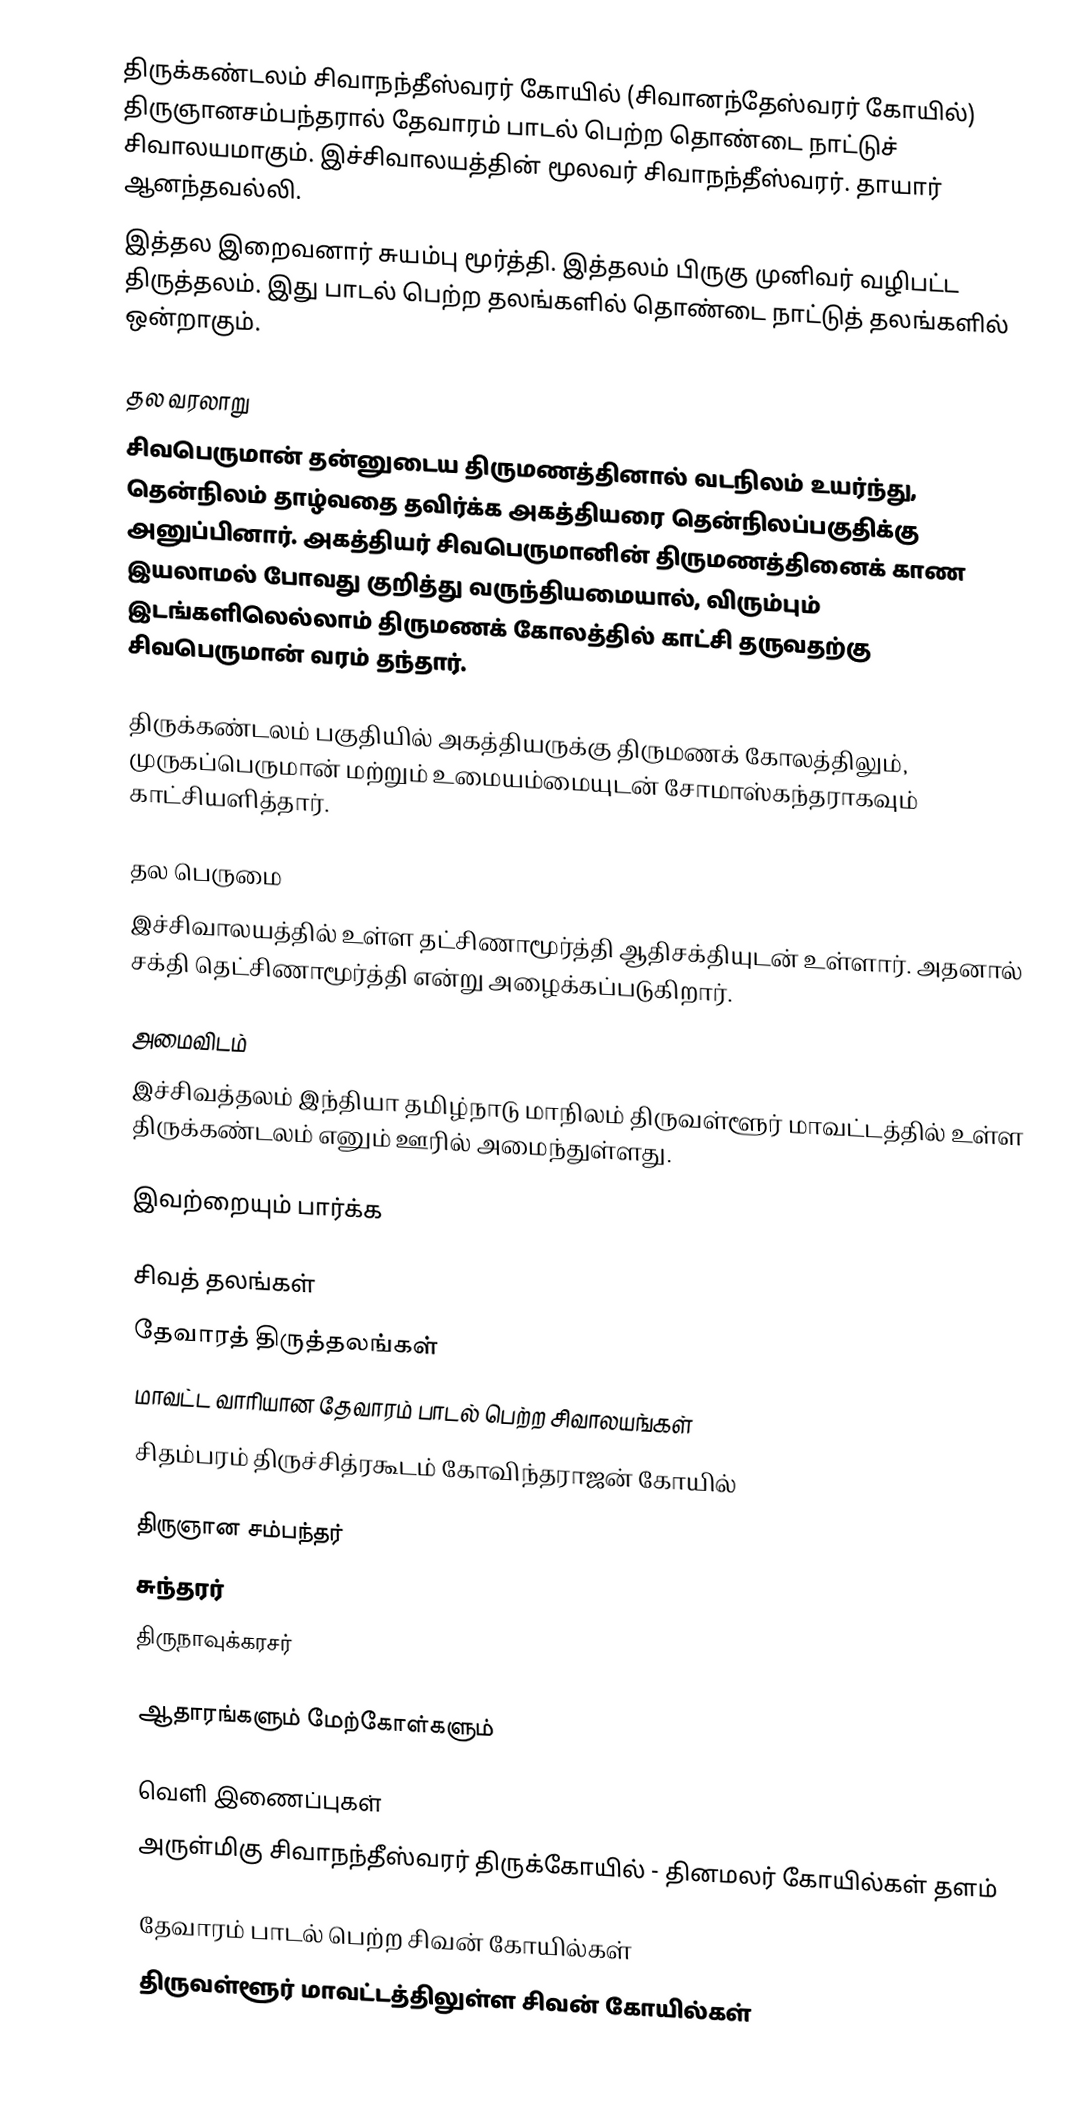
திருக்கண்டலம் சிவாநந்தீஸ்வரர் கோயில் (சிவானந்தேஸ்வரர் கோயில்) திருஞானசம்பந்தரால் தேவாரம் பாடல் பெற்ற தொண்டை நாட்டுச் சிவாலயமாகும். இச்சிவாலயத்தின் மூலவர் சிவாநந்தீஸ்வரர். தாயார் ஆனந்தவல்லி.
இத்தல இறைவனார் சுயம்பு மூர்த்தி. இத்தலம் பிருகு முனிவர் வழிபட்ட திருத்தலம். இது பாடல் பெற்ற தலங்களில் தொண்டை நாட்டுத் தலங்களில் ஒன்றாகும்.

தல வரலாறு
சிவபெருமான் தன்னுடைய திருமணத்தினால் வடநிலம் உயர்ந்து, தென்நிலம் தாழ்வதை தவிர்க்க அகத்தியரை தென்நிலப்பகுதிக்கு அனுப்பினார். அகத்தியர் சிவபெருமானின் திருமணத்தினைக் காண இயலாமல் போவது குறித்து வருந்தியமையால், விரும்பும் இடங்களிலெல்லாம் திருமணக் கோலத்தில் காட்சி தருவதற்கு சிவபெருமான் வரம் தந்தார்.

திருக்கண்டலம் பகுதியில் அகத்தியருக்கு திருமணக் கோலத்திலும், முருகப்பெருமான் மற்றும் உமையம்மையுடன் சோமாஸ்கந்தராகவும் காட்சியளித்தார்.

தல பெருமை
 இச்சிவாலயத்தில் உள்ள தட்சிணாமூர்த்தி ஆதிசக்தியுடன் உள்ளார். அதனால் சக்தி தெட்சிணாமூர்த்தி என்று அழைக்கப்படுகிறார்.

அமைவிடம்
இச்சிவத்தலம் இந்தியா தமிழ்நாடு மாநிலம் திருவள்ளூர் மாவட்டத்தில் உள்ள திருக்கண்டலம் எனும் ஊரில் அமைந்துள்ளது.

இவற்றையும் பார்க்க

 சிவத் தலங்கள்
 தேவாரத் திருத்தலங்கள்
 மாவட்ட வாரியான தேவாரம் பாடல் பெற்ற சிவாலயங்கள்
 சிதம்பரம் திருச்சித்ரகூடம் கோவிந்தராஜன் கோயில்

 திருஞான சம்பந்தர்
 சுந்தரர்
 திருநாவுக்கரசர்

ஆதாரங்களும் மேற்கோள்களும்

வெளி இணைப்புகள்
அருள்மிகு சிவாநந்தீஸ்வரர் திருக்கோயில் - தினமலர் கோயில்கள் தளம்

தேவாரம் பாடல் பெற்ற சிவன் கோயில்கள்
திருவள்ளூர் மாவட்டத்திலுள்ள சிவன் கோயில்கள்